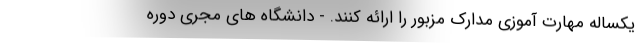
یکساله مهارت آموزی مدارک مزبور را ارائه کنند. - دانشگاه های مجری دوره